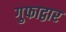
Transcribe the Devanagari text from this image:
गुफाद्वार